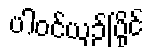
ပါဝင်ယှဉ်ပြိုင်